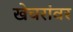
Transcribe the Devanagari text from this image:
खेचरांवर